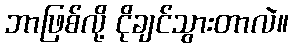
ဘာဖြစ်လို့ ငိုချင်သွားတာလဲ။